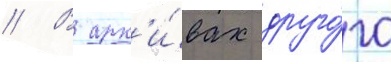
// В арх'и́вах друго́го